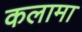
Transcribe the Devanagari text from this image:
कलामा